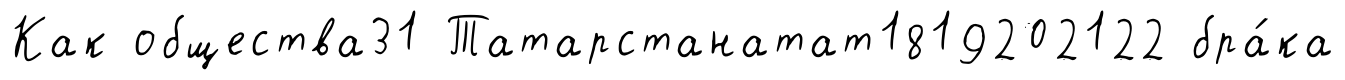
Как общества31 Татарстанатат1819202122 бра́ка